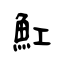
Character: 魟